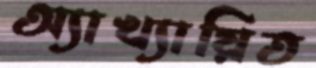
অ্যাখ্যায়িত